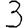
Digit: 3